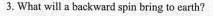
3. What will a backward spin bring to earth?